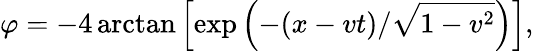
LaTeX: \varphi=-4\arctan\left[\exp\left(-(x-vt)/\sqrt{1-v^{2}}\right)\right],